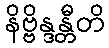
နိဗ္ဗိန္ဒန္တီတိ